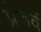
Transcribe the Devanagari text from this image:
प्रेजर्व